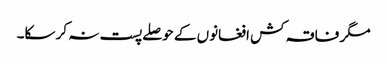
مگر فاقہ کش افغانوں کے حوصلے پست نہ کر سکا۔